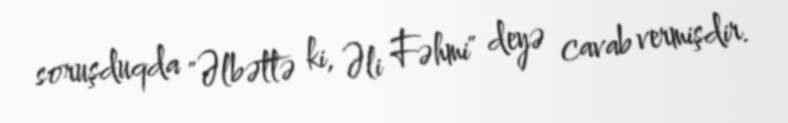
soruşduqda "Əlbəttə ki, Əli Fəhmi" deyə cavab vermişdir.